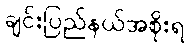
ချင်းပြည်နယ်အစိုးရ